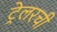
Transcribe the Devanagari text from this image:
ट्रेलरची